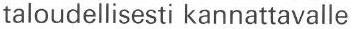
taloudellisesti kannattavalle